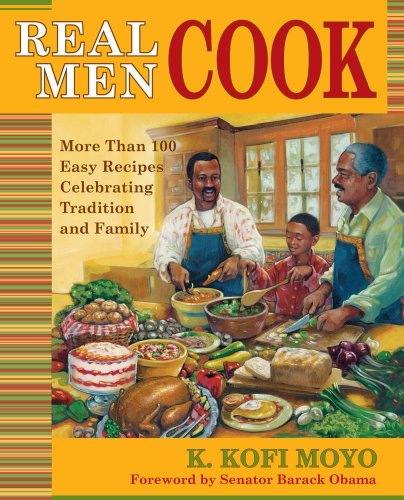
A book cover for Real Men Cook: More Than 100 Easy Recipes Celebrating Tradition and Family; K. Kofi Moyo; Cookbooks, Food & Wine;